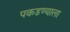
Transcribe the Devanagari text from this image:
पकडण्याला